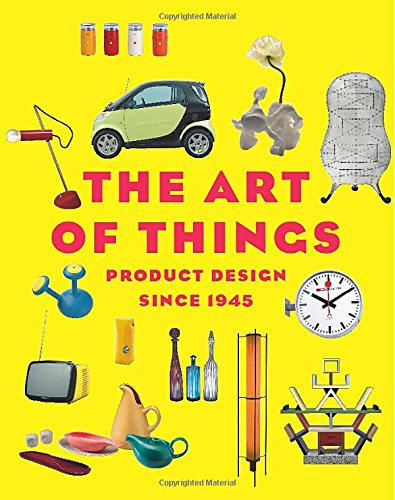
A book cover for The Art of Things: Product Design Since 1945; Arts & Photography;